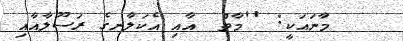
މާނައަކީ: ''މާތް  އާއި އެކަލާނގެ ރަސޫލާއާއި